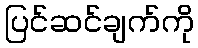
ပြင်ဆင်ချက်ကို